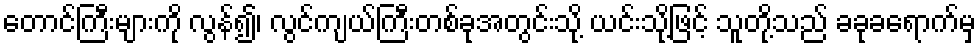
တောင်ကြီးများကို လွန်၍၊ လွင်ကျယ်ကြီးတစ်ခုအတွင်းသို့ ယင်းသို့ဖြင့် သူတို့သည် ခခုခရောက်မှ